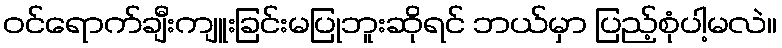
ဝင်ရောက်ချီးကျူးခြင်းမပြုဘူးဆိုရင် ဘယ်မှာ ပြည့်စုံပါ့မလဲ။